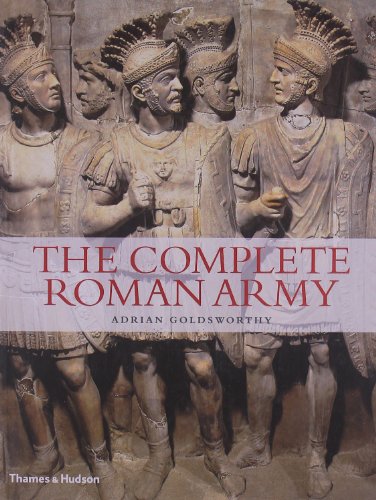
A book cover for The Complete Roman Army (The Complete Series); Adrian Goldsworthy; Arts & Photography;